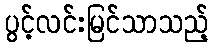
ပွင့်လင်းမြင်သာသည့်